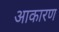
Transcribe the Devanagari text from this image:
आकारण